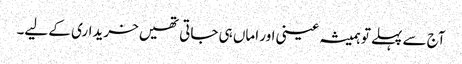
آج سے پہلے تو ہمیشہ عینی اور اماں ہی جاتی تھیں خریداری کے لیے۔